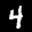
Label: 4